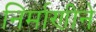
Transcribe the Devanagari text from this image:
निर्माणीने